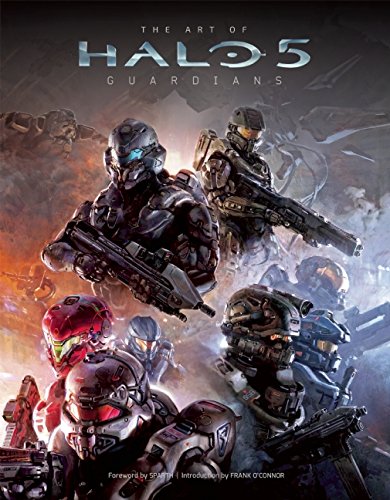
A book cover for The Art of Halo 5: Guardians; Science Fiction & Fantasy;